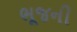
ભૂજની